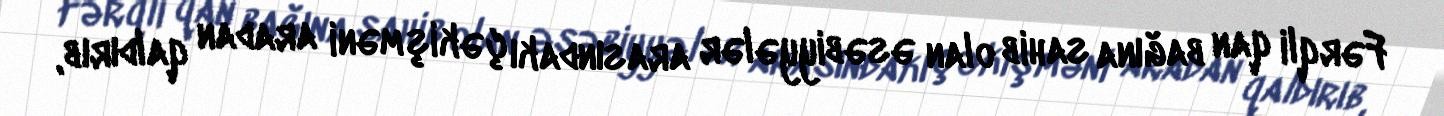
Fərqli qan bağına sahib olan əsəbiyyələr arasındakı çəkişməni aradan qaldırıb,